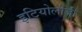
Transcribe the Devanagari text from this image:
इटियोलोजी